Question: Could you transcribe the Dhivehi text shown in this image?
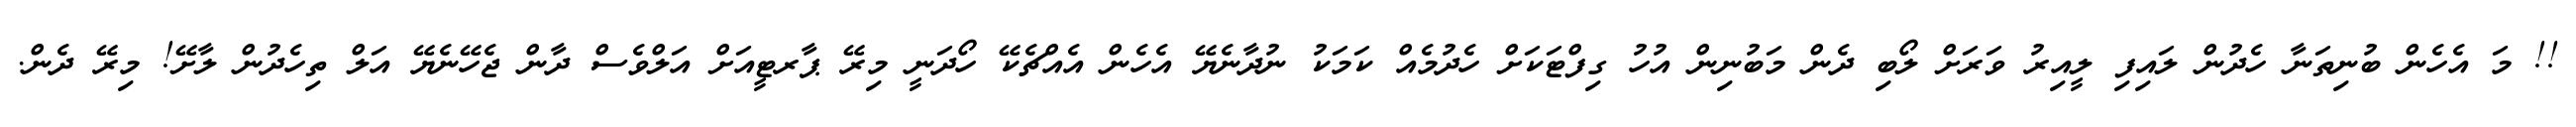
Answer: !! މަ އެހެން ބުނިތަނާ ހެދުން ލައިފި ލީއިރު ވަރަށް ލޯބި ދެން މަބުނިން އުހު ގިފްޓަކަށް ހެދުމެއް ކަމަކު ނުދާނެޔޭ އެހެން އެއްޗެކޭ ހޯދަނީ މިރޭ ޕާރޓީއަށް އަލްވެސް ދާން ޖެހޭނެޔޭ އަލް ތިހެދުން ލާށޭ! މިރޭ ދެން.